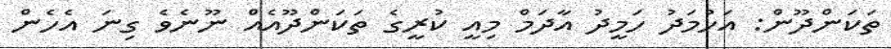
ތަކަންދޫން: އަހުމަދު ހަމީދު އާދަމް މިއީ ކުރީގެ ތަކަންދޫއެއް ނޫނެވެ ގިނަ އެހެން